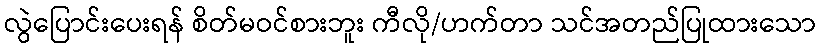
လွဲပြောင်းပေးရန် စိတ်မဝင်စားဘူး ကီလို/ဟက်တာ သင်အတည်ပြုထားသော